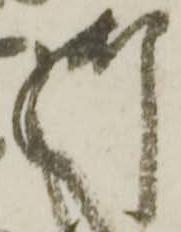
御